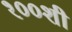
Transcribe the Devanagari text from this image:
१००शी